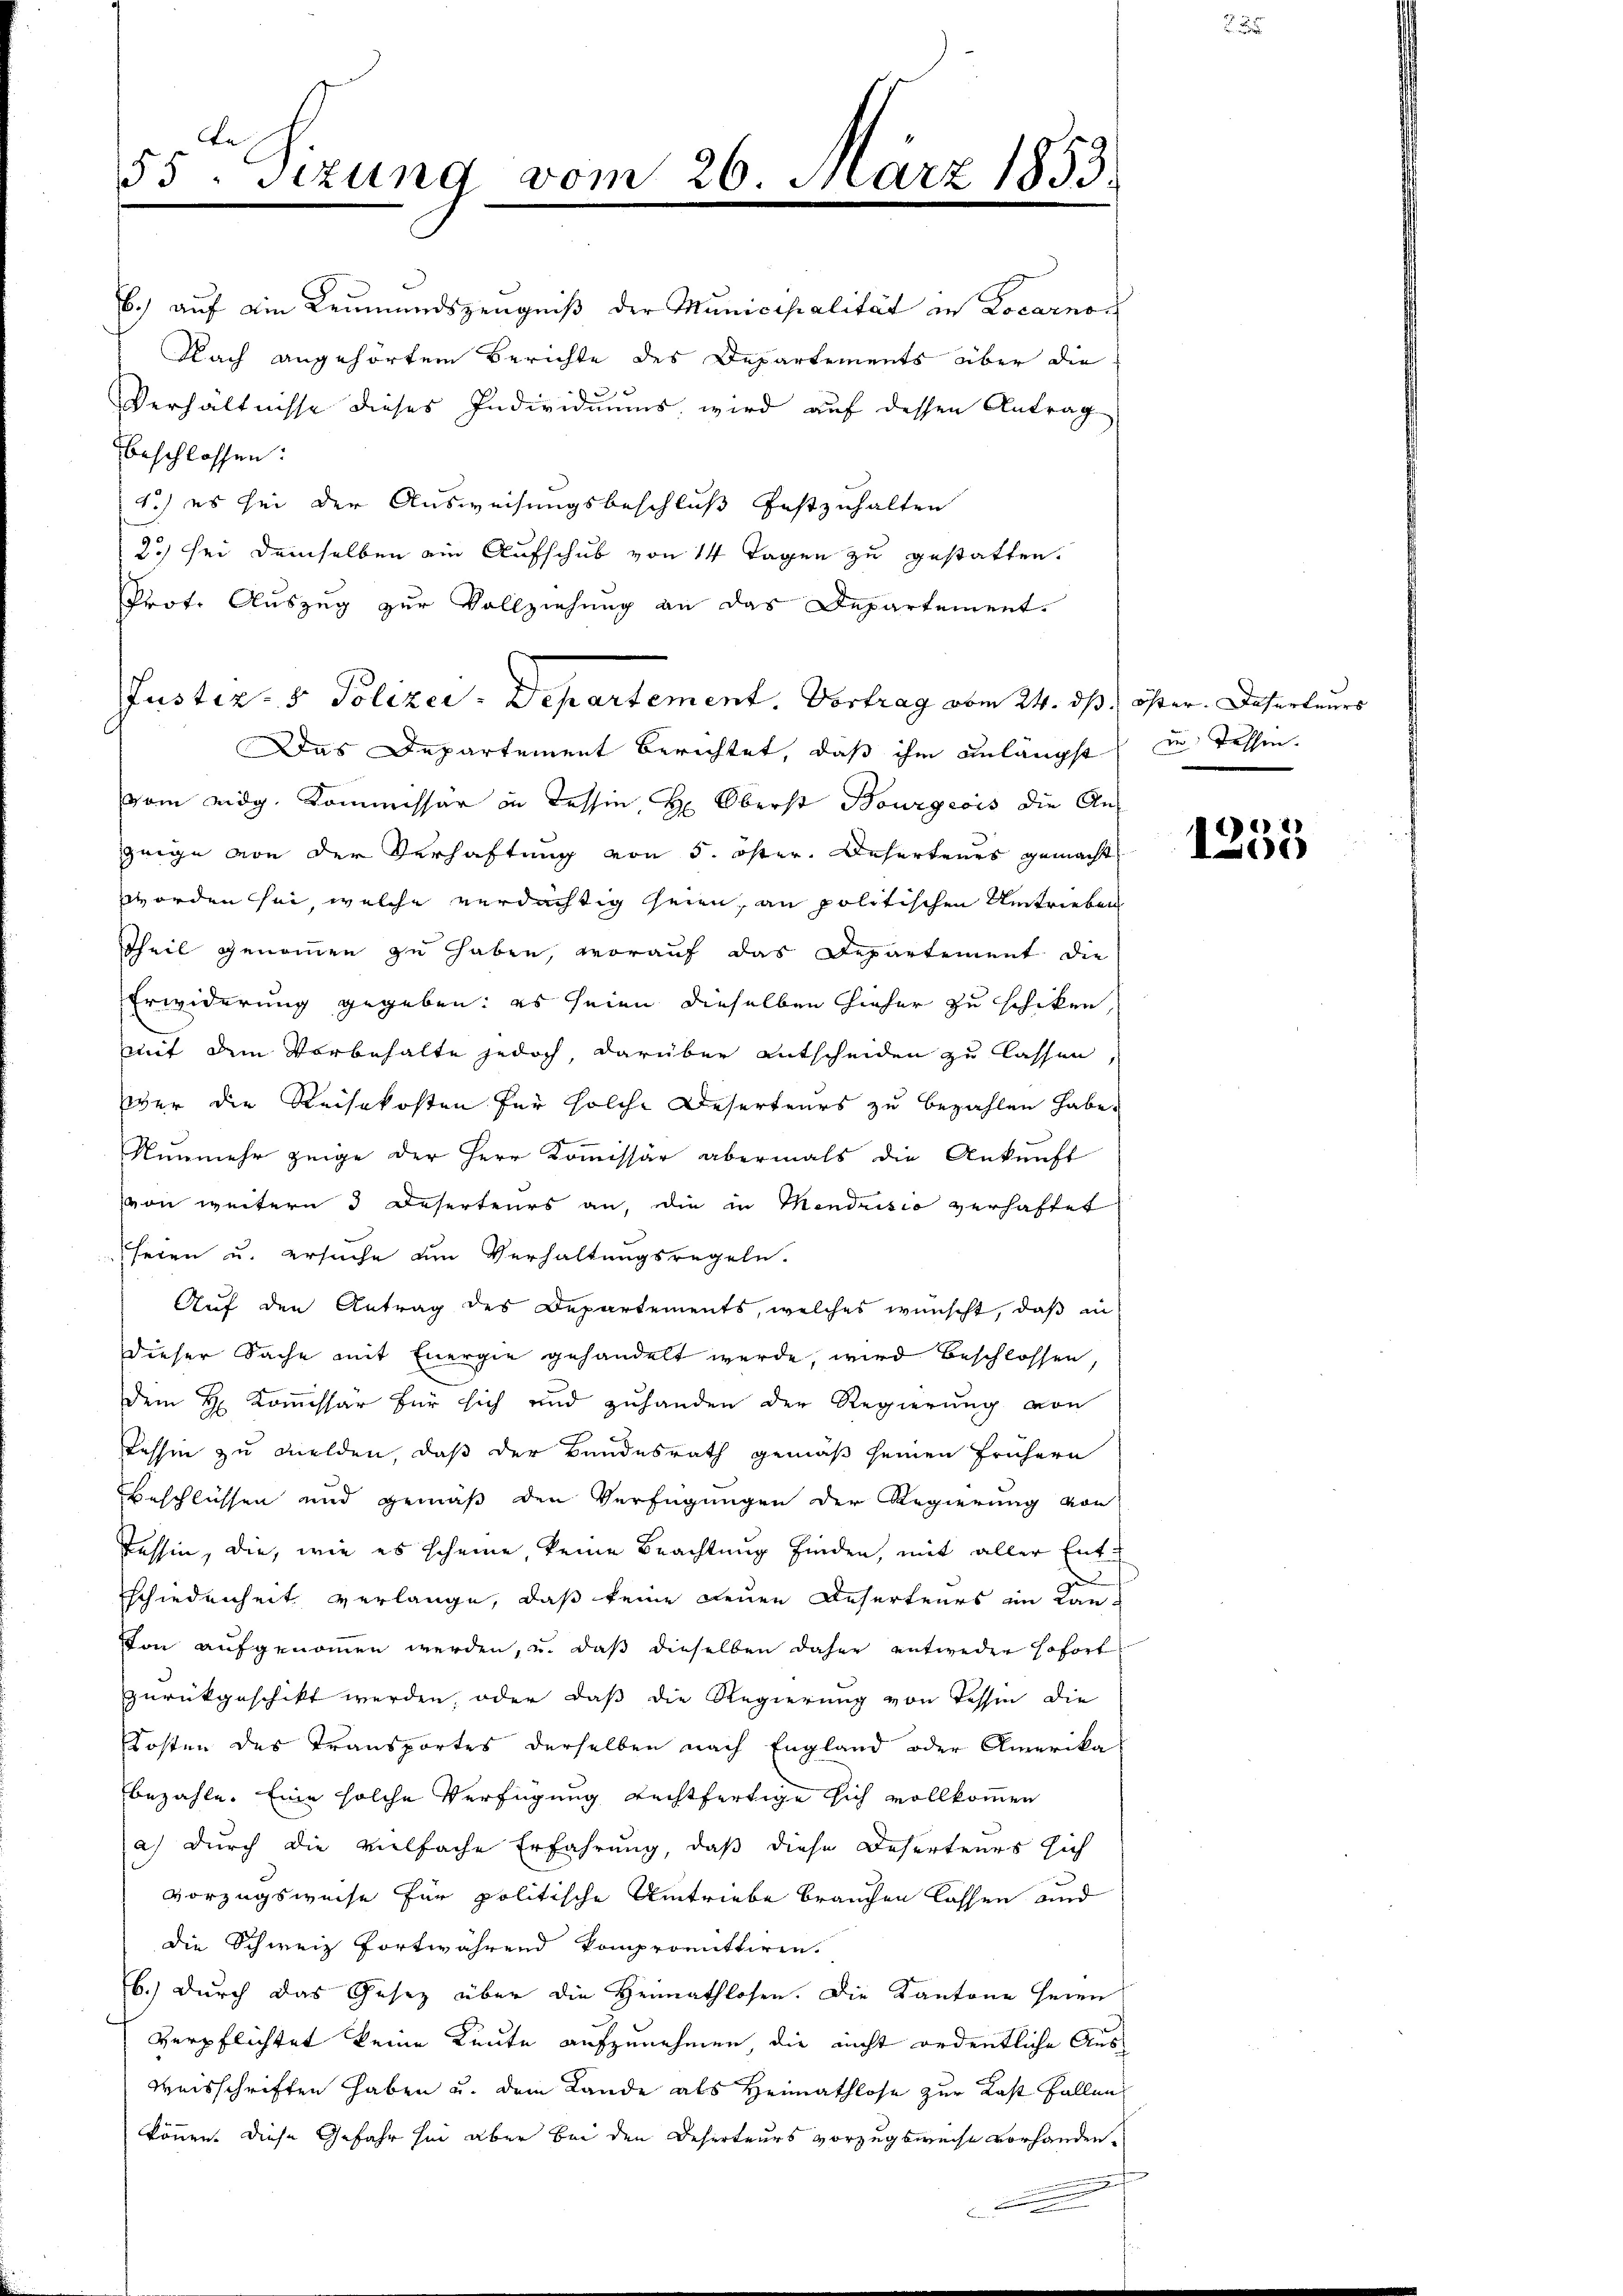
A
53 sizung vom 26. März 1853.

b.) auf ein Leumundszeugniß der Municipalität in Locarnoc
Nach angehörtem Berichte des Departements über die
Verhältnisse dieses Individuums wird auf dessen Antrag
beschlossen:
4.) es sei der Ausweisungsbeschluß festzuhalten
2) sei demselben ein Aufschub von 14 Tagen zu gestatten.
Prot. Auszug zur Vollziehung an das Departement.
Justiz- & Polizei-Departement. Vortrag vom 24. ds. öster. Deserteurs
Das Departement berichtet, daß ihm anlängst zu Tessin,
vom eidg. Kommissar in Tessin, H. Oberst Bourgeois die Anzeige von der Verhaftung von 5. öster. Deserteurs gemacht
worden sei, welche verdächtig seien, an politischen Umtrieben
Theil genommen zu haben, worauf das Departement die
Erwiderung gegeben: es seien dieselben hieher zu schiken,
mit dem Vorbehalte jedoch, darüber entscheiden zu lassen
wer die Reisekosten für solche Deserteurs zu bezahlen habe.
Nunmehr zeige der Herr Kommissär abermals die Ankunft
von weitern 3 Deserteurs an, die in Mendrisio verhaftet
seien u. ersuche um Verhaltungsregeln.
Auf den Antrag des Departements, welches wünscht, daß in
dieser Sache mit Energie gehandelt werde, wird beschlossen,
dem H. Kommissär für sich und zuhanden der Regierung von
Tessin zu melden, daß der Bundesrath gemäß seinen frühern
beschlüssen und gemäß den Verfügungen der Regierung von
Tessin, die, wie es scheine, keine Beachtung finden, mit aller Entschiedenheit verlange, daß keine neuen Deserteurs im Lan¬
Von aufgenommen werden, u. daß dieselben daher entweder sofort
zurückgeschikt werden, oder daß die Regierung von Tessin die
Kosten des Transportes derselben nach England oder Amerika
bezahle. Eine solche Verfügung Rechtfertige sich vollkommen
a.) durch die vielfache Erfahrung, daß diese Deserteurs sich
vorzugsweise für politische Umtriebe brauchen lassen und
die Schweiz fortwährend kompromittiren.
b.) durch das Gesetz über die Heimathlosen. Die Kantone seien
verpflichtet keine Leute aufzunehmen die nicht ordentliche Aus¬
Weisschriften haben u. dem Lande als Heimathlose zur Last fallen
können. Diese Gefahr sei aber bei den Deserteurs vorzugsweise vorhanden.

*)
100)